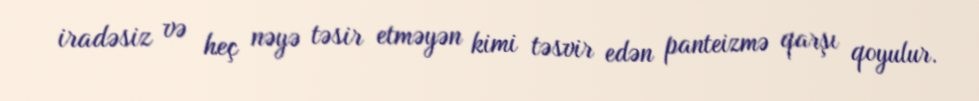
iradəsiz və heç nəyə təsir etməyən kimi təsvir edən panteizmə qarşı qoyulur.